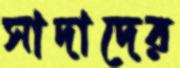
সাদাদের